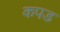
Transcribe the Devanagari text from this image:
कपड